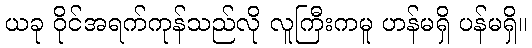
ယခု ဝိုင်အရက်ကုန်သည်လို လူကြီးကမူ ဟန်မရှိ ပန်မရှိ။